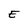
Character: E